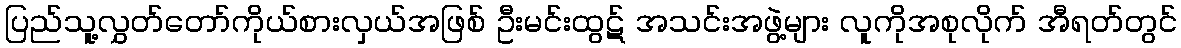
ပြည်သူ့လွှတ်တော်ကိုယ်စားလှယ်အဖြစ် ဦးမင်းထွဋ် အသင်းအဖွဲ့များ လူကိုအစုလိုက် အီရတ်တွင်